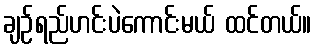
ချဉ်ရည်ဟင်းပဲကောင်းမယ် ထင်တယ်။